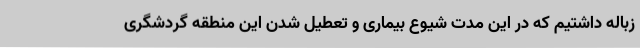
زباله داشتیم که در این مدت شیوع بیماری و تعطیل شدن این منطقه گردشگری